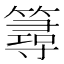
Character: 𥳍